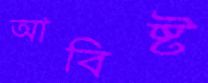
আবিষ্ট